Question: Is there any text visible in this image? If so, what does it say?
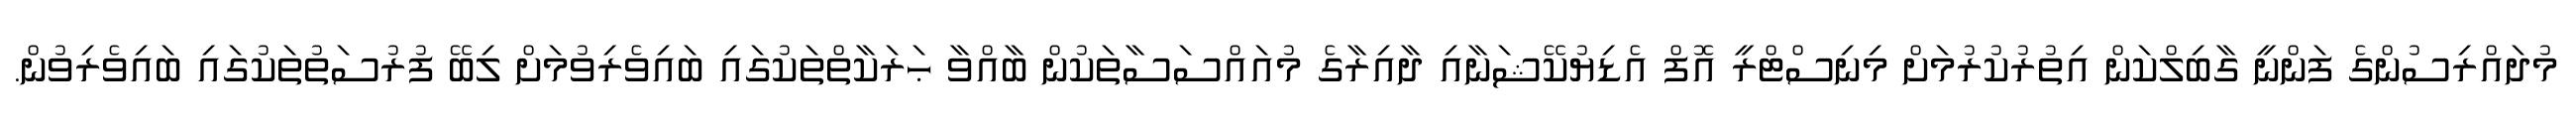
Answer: މުދައްރިސުންގެ ފަންނީ ގާބިލްކަން އިތުރުކުރުމަށް މިނިސްޓްރީ އޮފް އެޑިޔުކޭޝަނާއި ދާއިރާގެ މުއައްސަސާތަކުން ބާއްވާ ޙަރަކާތްތަކުގައި ބައިވެރިވުމަށް ލިބޭ ފުރުސަތުތަކުގައި ބައިވެރިވުން.